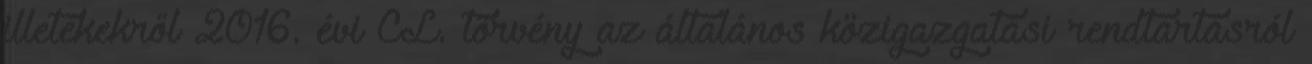
illetékekről 2016. évi CL. törvény az általános közigazgatási rendtartásról